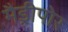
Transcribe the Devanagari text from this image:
मैड्रीपोर